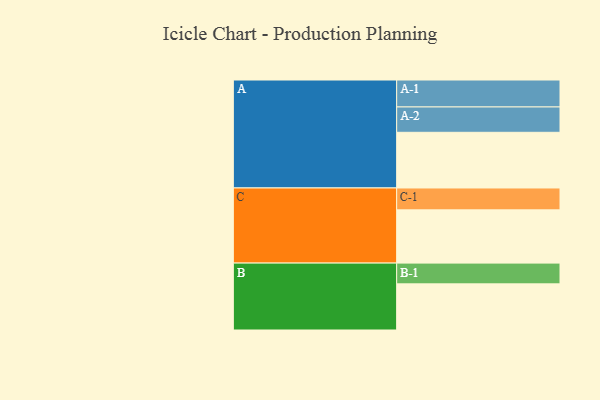
{"axis": {"x": "Segment", "y": "Value"}, "legend": ["", "A", "B", "C"], "data": [{"x": "A", "y": 595, "type": ""}, {"x": "B", "y": 493, "type": ""}, {"x": "C", "y": 569, "type": ""}, {"x": "A-1", "y": 288, "type": "A"}, {"x": "A-2", "y": 271, "type": "A"}, {"x": "B-1", "y": 222, "type": "B"}, {"x": "C-1", "y": 234, "type": "C"}]}